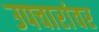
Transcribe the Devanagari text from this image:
उपचारांवर